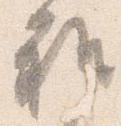
雅